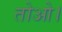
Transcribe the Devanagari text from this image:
तोओ।